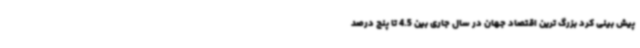
پیش بینی کرد بزرگ ترین اقتصاد جهان در سال جاری بین 4.5 تا پنج درصد